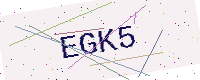
Text: EGK5